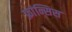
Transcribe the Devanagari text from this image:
फ्रांन्सिस